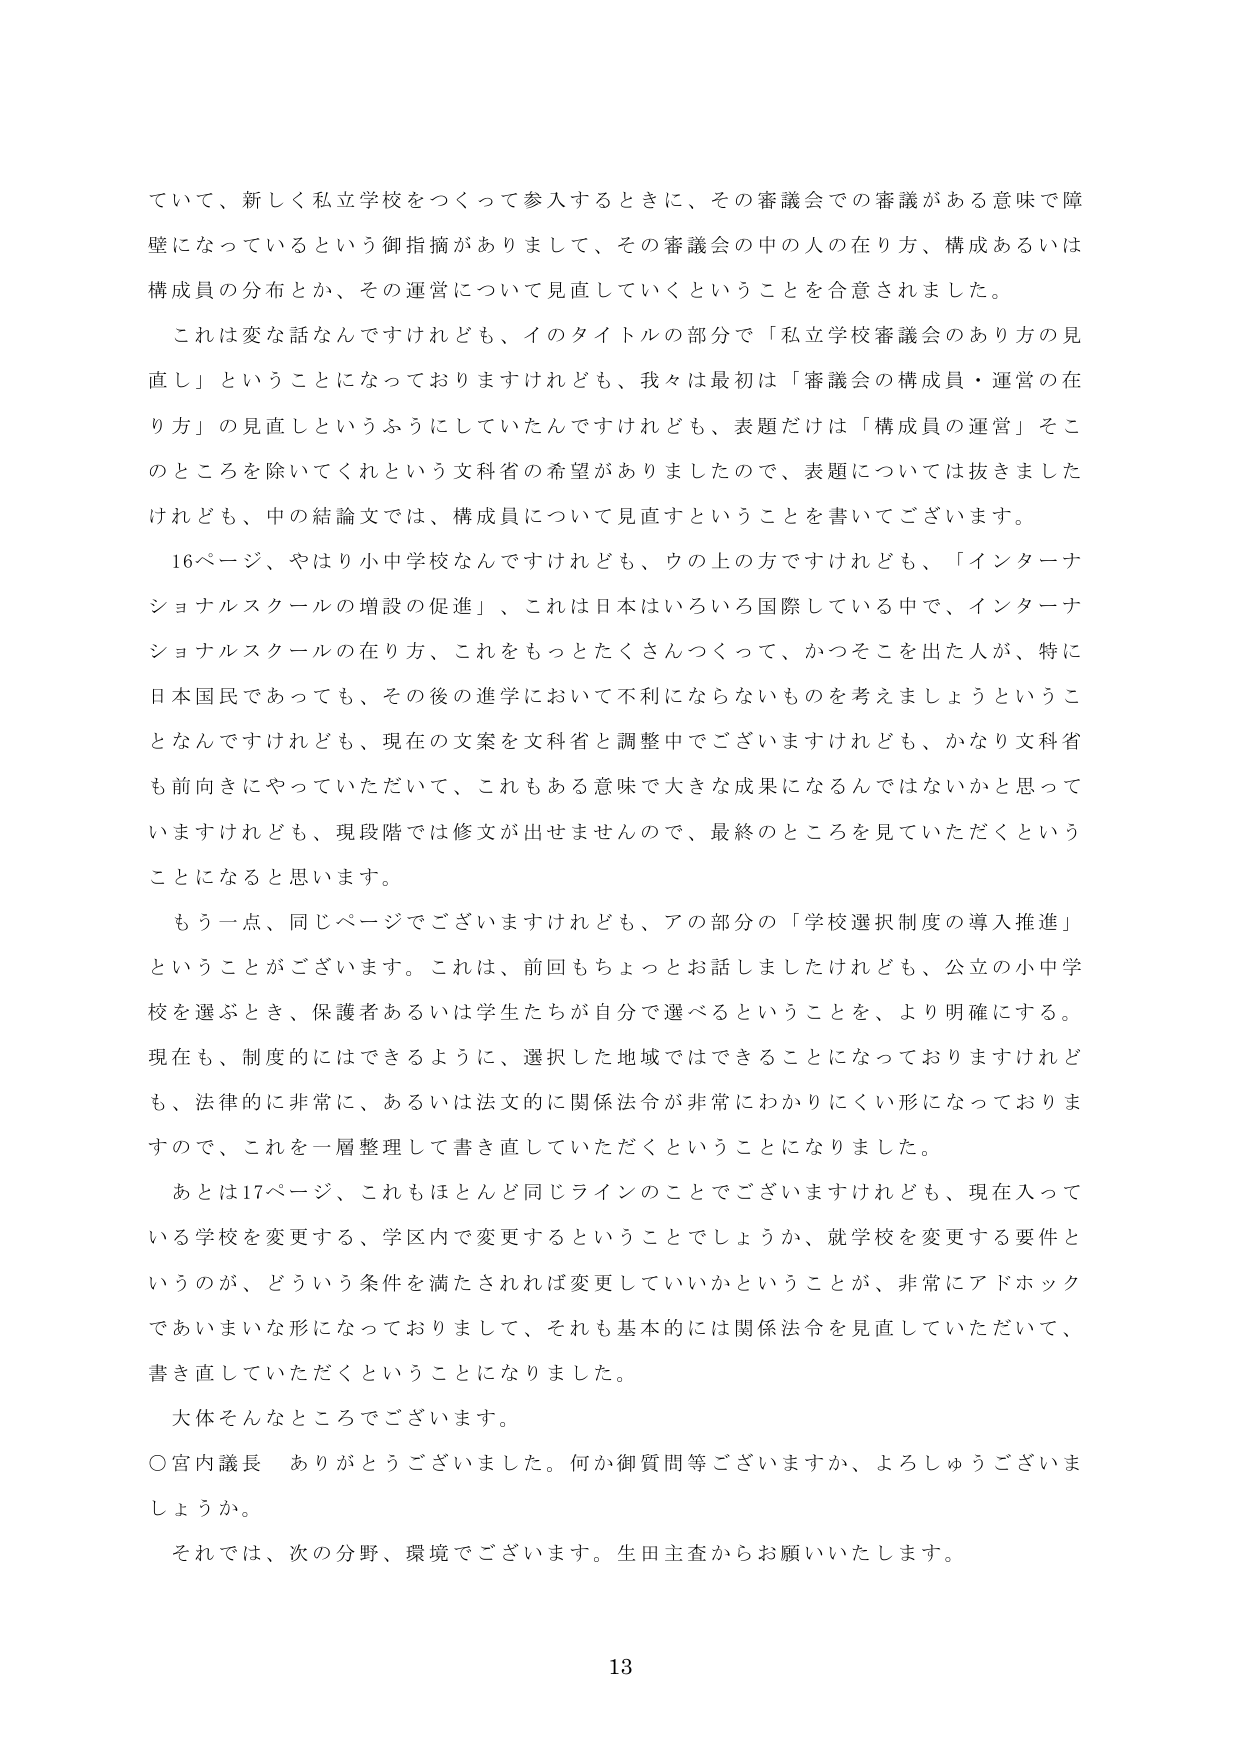
ていて、新しく私立学校をつくって参入するときに、その審議会での審議がある意味で障壁になっているという御指摘がありまして、その審議会の中の人の在り方、構成あるいは構成員の分布とか、その運営について見直していくということを合意されました。

これは変な話なんですけれども、イのタイトルの部分で「私立学校審議会のあり方の見直し」ということになっておりますけれども、我々は最初は「審議会の構成員・運営の在り方」の見直しというふうにしていたんですけれども、表題だけは「構成員の運営」をこのところを除いてくれという文科省の希望がありましたので、表題については抜きましたけれども、中の結論文では、構成員について見直すということを書いてございます。

16ページ、やはり小中学校なんですけれども、ウの上の方ですけれども、「インターナショナルスクールの増設の促進」、これは日本はいろいろ国際している中で、インターナショナルスクールの在り方、これをもっとたくさんつくって、かつそこを出た人が、特に日本国民であっても、その後の進学において不利にならないものを考えましょうということなんですけれども、現在の文案を文科省と調整中でございますけれども、かなり文科省も前向きにやっていただいて、これもある意味で大きな成果になるんではないかと思っていきますけれども、現段階では修文が出せませんので、最終のところを見ていただくということになると思います。

もう一点、同じページでございますけれども、アの部分の「学校選択制度の導入推進」ということがございます。これは、前回もちょっとお話しましたけれども、公立の小中学校を選ぶとき、保護者あるいは学生たちが自分で選べるということを、より明確にする。現在も、制度的にはできるように、選択した地域ではできることになっておりますけれども、法律的に非常に、あるいは法文的に関係法令が非常にわかりにくい形になっておりますので、これを一層整理して書き直していただくということになりました。

あとは17ページ、これもほとんど同じラインのことでございますけれども、現在入っている学校を変更する、学区内で変更するということでしょうか、就学校を変更する要件というのが、どういう条件を満たされれば変更していいかということが、非常にアドホックであいまいな形になっておりまして、それも基本的には関係法令を見直していただいて、書き直していただくということになりました。

大体そんなところでございます。

○宮内議長　ありがとうございました。何か御質問等ございますか、よろしうございますか。

それでは、次の分野、環境でございます。生田主査からお願いいたします。

13